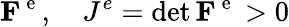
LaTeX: {\mathbf F}^{\mathrm{~e~}},\quad J^{e}=\operatorname*{det}{\mathbf F}^{\mathrm{~e~}}>0